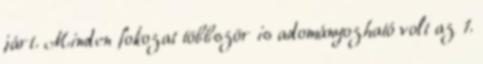
járt. Minden fokozat többször is adományozható volt az 1.